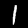
Label: 1